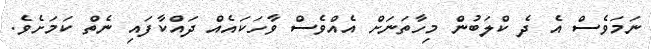
ނަމަވެސް އެ ދެ ކްލަބުން މިހާތަނަށް އެއްވެސް ވާހަކައެއް ދައްކާފައި ނެތް ކަމަށެވެ.